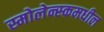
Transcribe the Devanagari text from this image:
स्मोलेन्स्कमधील